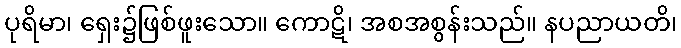
ပုရိမာ၊ ရှေး၌ဖြစ်ဖူးသော။ ကောဋိ၊ အစအစွန်းသည်။ နပညာယတိ၊